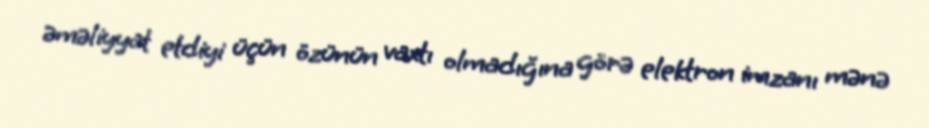
əməliyyat etdiyi üçün özünün vaxtı olmadığına görə elektron imzanı mənə